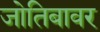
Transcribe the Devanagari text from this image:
जोतिबावर